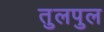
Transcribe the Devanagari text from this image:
तुलपुल